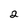
Character: 2